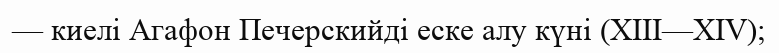
— киелі Агафон Печерскийді еске алу күні (XIII—XIV);